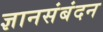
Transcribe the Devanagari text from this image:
ज्ञानसंबंदन